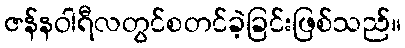
ဇန်နဝါရီလတွင်စတင်ခဲ့ခြင်းဖြစ်သည်။